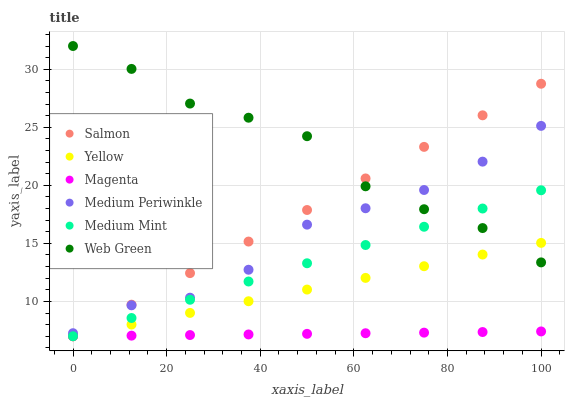
| xaxis_label | Salmon | Yellow | Magenta | Medium Periwinkle | Medium Mint | Web Green |
 | --- | --- | --- | --- | --- | --- | --- |
 | 0 | 7 | 7 | 7 | 7.26 | 7 | 32 |
 | 12.5 | 9.72 | 8.01 | 7.05 | 9.66 | 8.57 | 30 |
 | 25 | 12.4 | 9.01 | 7.1 | 10.3 | 10.1 | 27 |
 | 37.5 | 15.2 | 10 | 7.16 | 12.7 | 11.7 | 25.8 |
 | 50 | 17.9 | 11 | 7.21 | 16.6 | 13.3 | 24.2 |
 | 62.5 | 20.6 | 12 | 7.26 | 18 | 14.9 | 19.9 |
 | 75 | 23.3 | 13 | 7.31 | 19.6 | 16.4 | 17.9 |
 | 87.5 | 26 | 14 | 7.36 | 22 | 18 | 16.3 |
 | 100 | 28.7 | 15 | 7.42 | 25.1 | 19.6 | 13.4 |